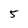
Character: 5